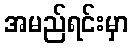
အမည်ရင်းမှာ